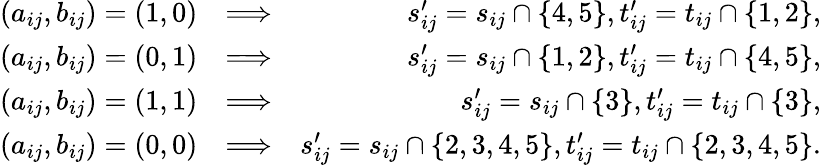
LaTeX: \begin{array}{rlr}{(a_{ij},b_{ij})=(1,0)}&{\Longrightarrow}&{s_{ij}^{\prime}=s_{ij}\cap\{ 4,5\} ,t_{ij}^{\prime}=t_{ij}\cap\{ 1,2\} ,}\\ {(a_{ij},b_{ij})=(0,1)}&{\Longrightarrow}&{s_{ij}^{\prime}=s_{ij}\cap\{ 1,2\} ,t_{ij}^{\prime}=t_{ij}\cap\{ 4,5\} ,}\\ {(a_{ij},b_{ij})=(1,1)}&{\Longrightarrow}&{s_{ij}^{\prime}=s_{ij}\cap\{ 3\} ,t_{ij}^{\prime}=t_{ij}\cap\{ 3\} ,}\\ {(a_{ij},b_{ij})=(0,0)}&{\Longrightarrow}&{s_{ij}^{\prime}=s_{ij}\cap\{ 2,3,4,5\} ,t_{ij}^{\prime}=t_{ij}\cap\{ 2,3,4,5\} .}\end{array}